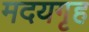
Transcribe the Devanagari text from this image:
मदयगृह